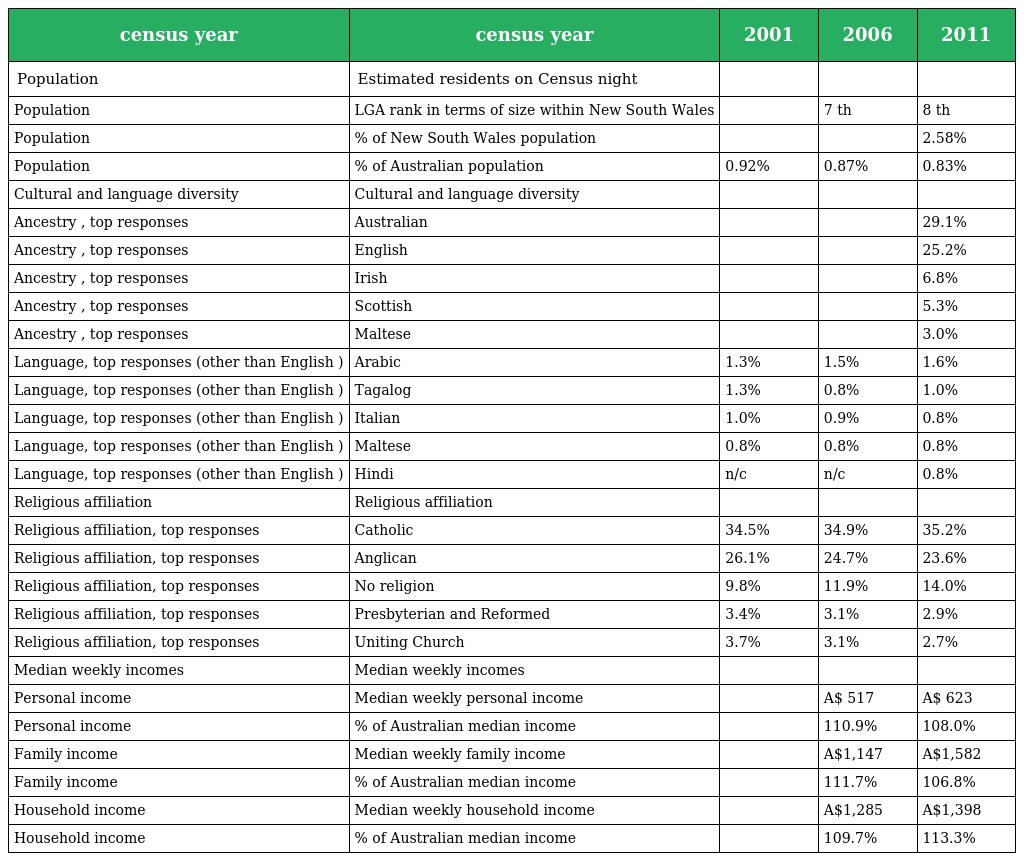
| census year | census year | 2001 | 2006 | 2011 |
 | --- | --- | --- | --- | --- |
 | Population | Estimated residents on Census night |  |  |  |
 | Population | LGA rank in terms of size within New South Wales |  | 7 th | 8 th |
 | Population | % of New South Wales population |  |  | 2.58% |
 | Population | % of Australian population | 0.92% | 0.87% | 0.83% |
 | Cultural and language diversity | Cultural and language diversity |  |  |  |
 | Ancestry , top responses | Australian |  |  | 29.1% |
 | Ancestry , top responses | English |  |  | 25.2% |
 | Ancestry , top responses | Irish |  |  | 6.8% |
 | Ancestry , top responses | Scottish |  |  | 5.3% |
 | Ancestry , top responses | Maltese |  |  | 3.0% |
 | Language, top responses (other than English ) | Arabic | 1.3% | 1.5% | 1.6% |
 | Language, top responses (other than English ) | Tagalog | 1.3% | 0.8% | 1.0% |
 | Language, top responses (other than English ) | Italian | 1.0% | 0.9% | 0.8% |
 | Language, top responses (other than English ) | Maltese | 0.8% | 0.8% | 0.8% |
 | Language, top responses (other than English ) | Hindi | n/c | n/c | 0.8% |
 | Religious affiliation | Religious affiliation |  |  |  |
 | Religious affiliation, top responses | Catholic | 34.5% | 34.9% | 35.2% |
 | Religious affiliation, top responses | Anglican | 26.1% | 24.7% | 23.6% |
 | Religious affiliation, top responses | No religion | 9.8% | 11.9% | 14.0% |
 | Religious affiliation, top responses | Presbyterian and Reformed | 3.4% | 3.1% | 2.9% |
 | Religious affiliation, top responses | Uniting Church | 3.7% | 3.1% | 2.7% |
 | Median weekly incomes | Median weekly incomes |  |  |  |
 | Personal income | Median weekly personal income |  | A$ 517 | A$ 623 |
 | Personal income | % of Australian median income |  | 110.9% | 108.0% |
 | Family income | Median weekly family income |  | A$1,147 | A$1,582 |
 | Family income | % of Australian median income |  | 111.7% | 106.8% |
 | Household income | Median weekly household income |  | A$1,285 | A$1,398 |
 | Household income | % of Australian median income |  | 109.7% | 113.3% |